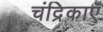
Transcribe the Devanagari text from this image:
चंद्रिकाएँ